Indian journal of veterinary science and animal husbandry - Volume 4,
Year: 1934
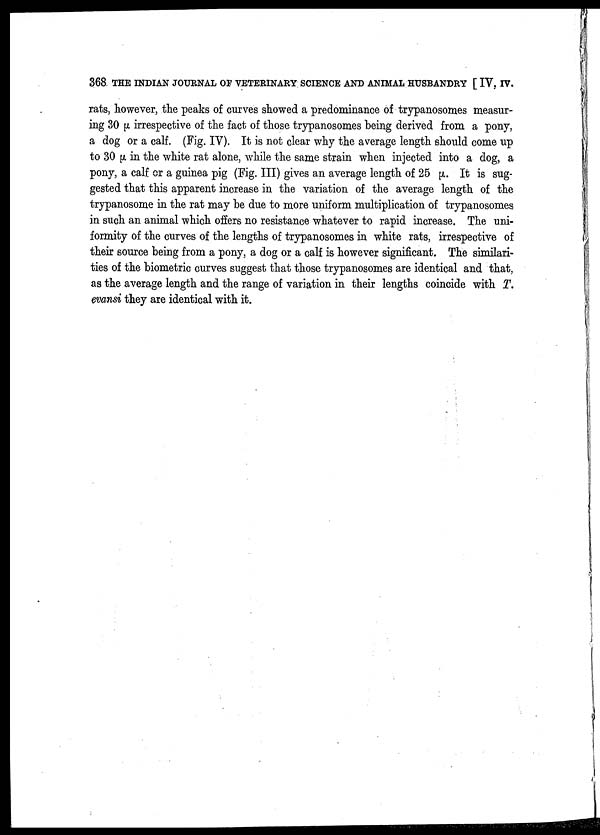
368 THE INDIAN JOURNAL OF VETERINARY SCIENCE AND ANIMAL HUSBANDRY [ IV, IV.
rats, however, the peaks of curves showed a predominance of trypanosomes measur-
ing 30 µ irrespective of the fact of those trypanosomes being derived from a pony,
a dog or a calf. (Fig. IV). It is not clear why the average length should come up
to 30 µ in the white rat alone, while the same strain when injected into a dog, a
pony, a calf or a guinea pig (Fig. III) gives an average length of 25 µ It is sug-
gested that this apparent increase in the variation of the average length of the
trypanosome in the rat may be due to more uniform multiplication of trypanosomes
in such an animal which offers no resistance whatever to rapid increase. The uni-
formity of the curves of the lengths of trypanosomes in white rats, irrespective of
their source being from a pony, a dog or a calf is however significant. The similari-
ties of the biometric curves suggest that those trypanosomes are identical and that,
as the average length and the range of variation in their lengths coincide with T.
evansi they are identical with it.